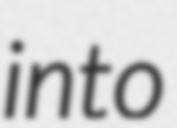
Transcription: into